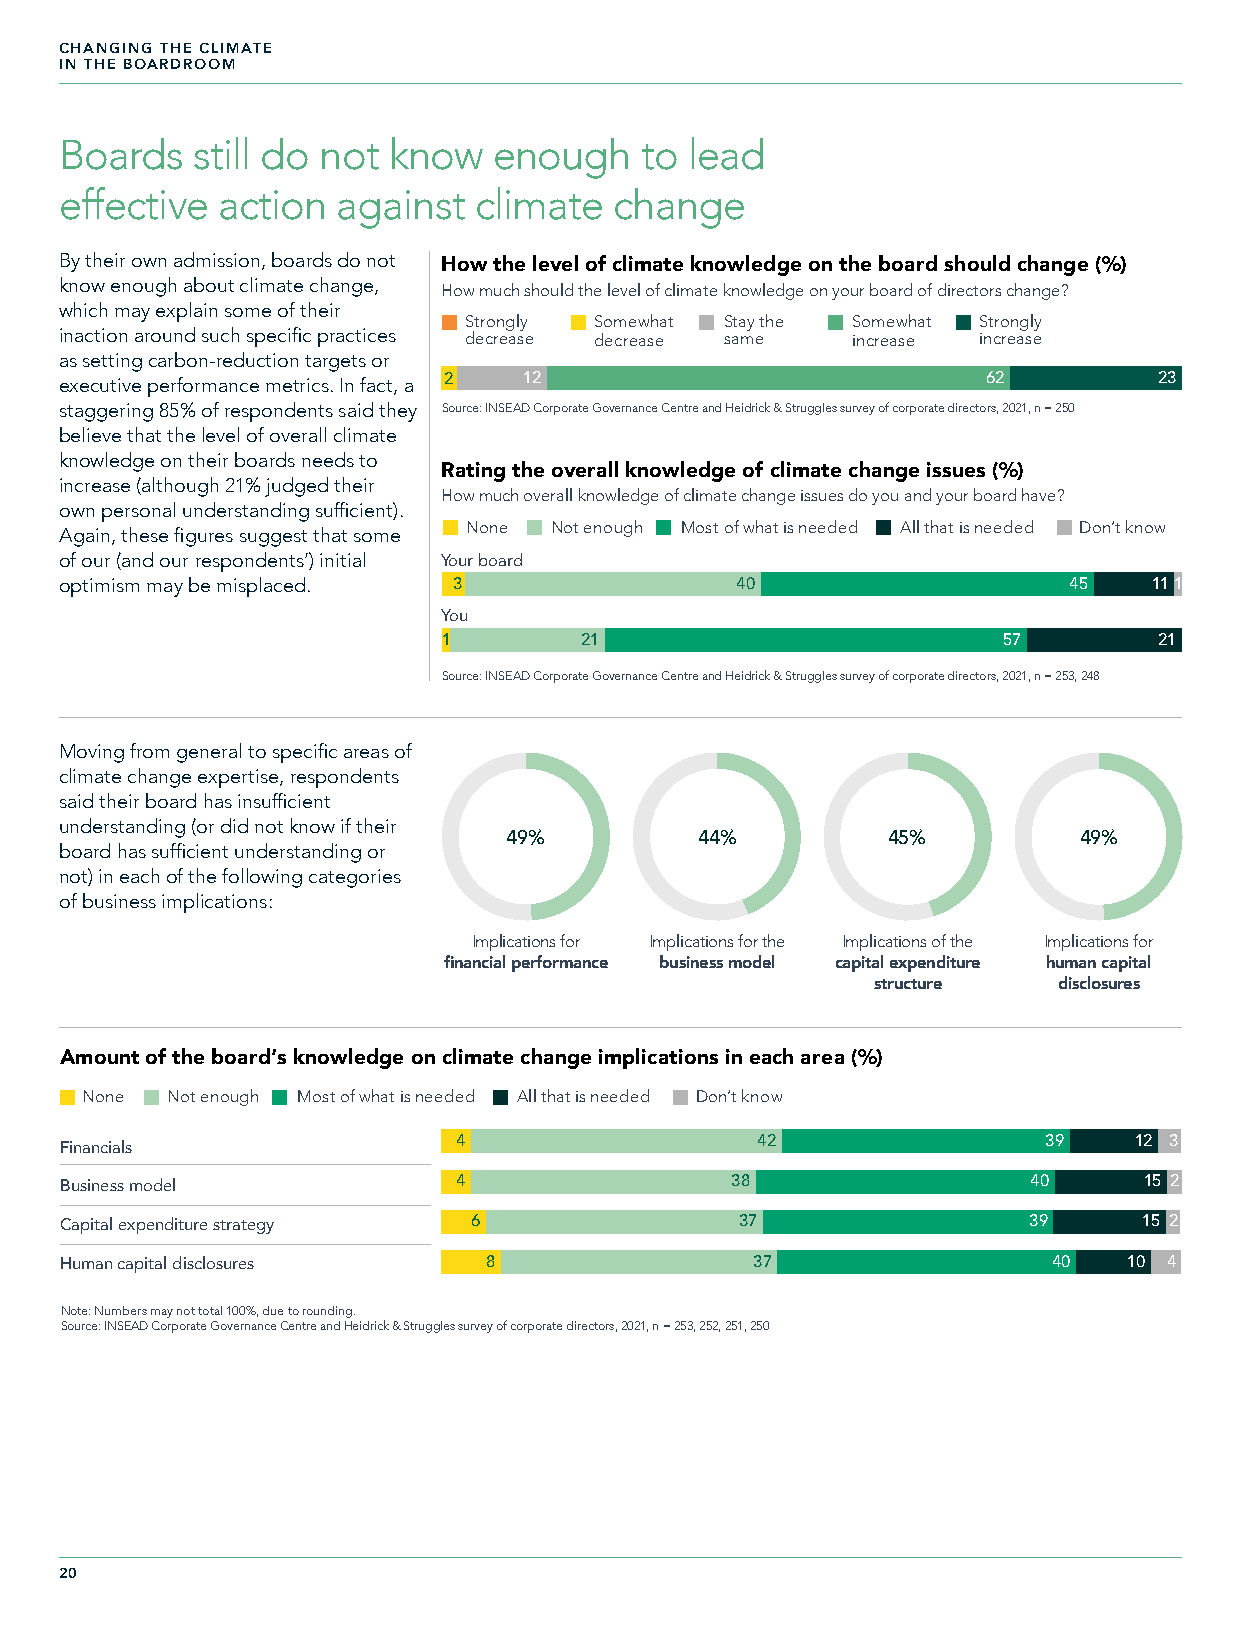
CHANGING THE CLIMATE
 IN THE BOARDROOM
 Boards   still do not know   enough   to lead
 effective action  against  climate   change
 By their own admission, boards do not
 How the level of climate knowledge on the board should change (%)
 know enough about climate change, How much should the level of climate knowledge on your board of directors change?
 which may explain some of their
 Strongly Somewhat Stay the Somewhat Strongly
 inaction around such specific practices decrease decrease same increase increase
 as setting carbon-reduction targets or
 executive performance metrics. In fact, a 2 12               62          23
 staggering 85% of respondents said they Source: INSEAD Corporate Governance Centre and Heidrick & Struggles survey of corporate directors, 2021, n = 250
 believe that the level of overall climate
 knowledge on their boards needs to
 Rating the overall knowledge of climate change issues (%)
 increase (although 21% judged their
 How much overall knowledge of climate change issues do you and your board have?
 own personal understanding sufficient).
 None Not enough Most of what is needed All that is needed Don’t know
 Again, these figures suggest that some
 of our (and our respondents’) initial Your board
 optimism may be misplaced. 3                 40                    45   111
 You
 1        21                          57         21
 Source: INSEAD Corporate Governance Centre and Heidrick & Struggles survey of corporate directors, 2021, n = 253, 248
 Moving from general to specific areas of
 climate change expertise, respondents
 said their board has insufficient
 understanding (or did not know if their
 49%         44%          45%         49%
 board has sufficient understanding or
 not) in each of the following categories
 of business implications:
 Implications for Implications for the Implications of the Implications for
 financial performance business model capital expenditure human capital
 structure   disclosures
 Amount of the board’s knowledge on climate change implications in each area (%)
 None  Not enough Most of what is needed All that is needed Don’t know
 4                   42                 39    12 3
 Financials
 Business model            4                 38                  40      15 2
 Capital expenditure strategy 6               37                 39      15 2
 Human capital disclosures   8                 37                  40   10 4
 Note: Numbers may not total 100%, due to rounding.
 Source: INSEAD Corporate Governance Centre and Heidrick & Struggles survey of corporate directors, 2021, n = 253, 252, 251, 250
 20